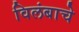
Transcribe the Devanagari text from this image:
विलंबाचे